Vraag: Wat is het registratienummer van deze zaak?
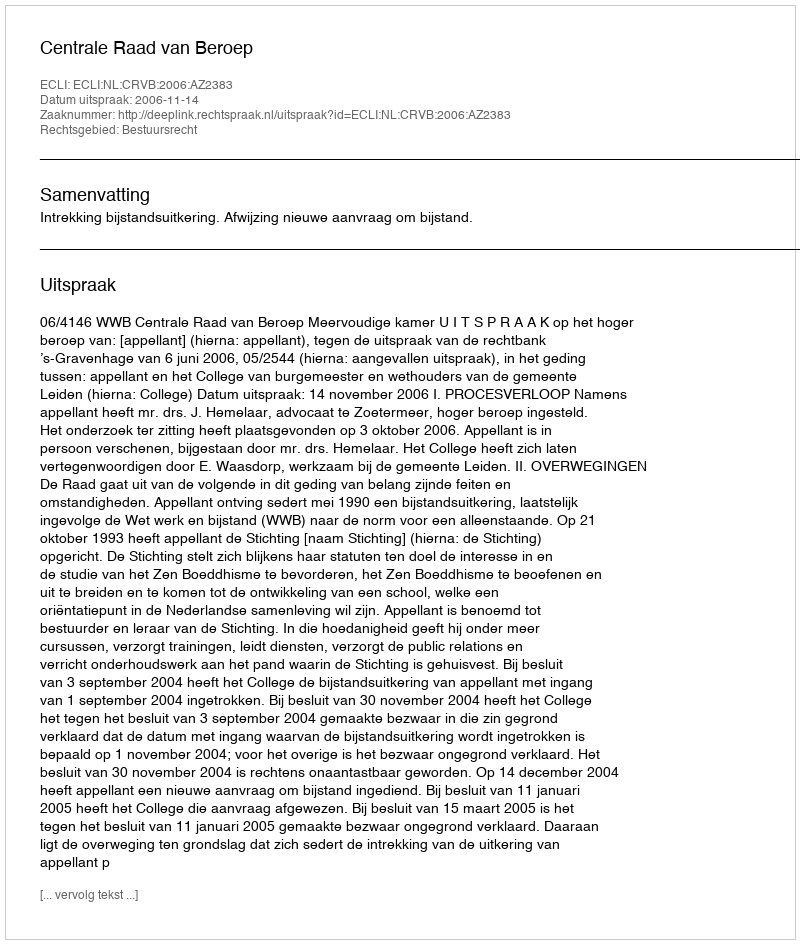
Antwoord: http://deeplink.rechtspraak.nl/uitspraak?id=ECLI:NL:CRVB:2006:AZ2383